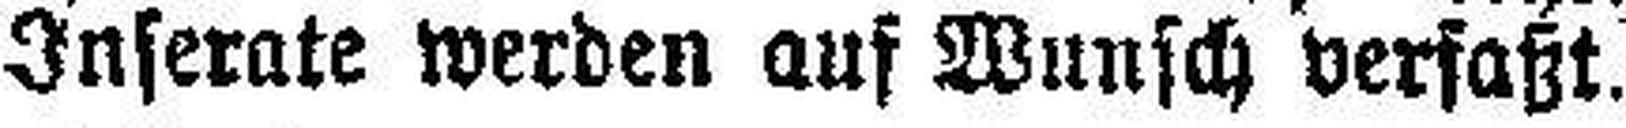
Inserate werden auf Wunsch verfaßt.